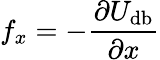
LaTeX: f_{x}=-\frac{\partial U_{\mathrm{db}}}{\partial x}